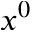
x ^ { 0 }